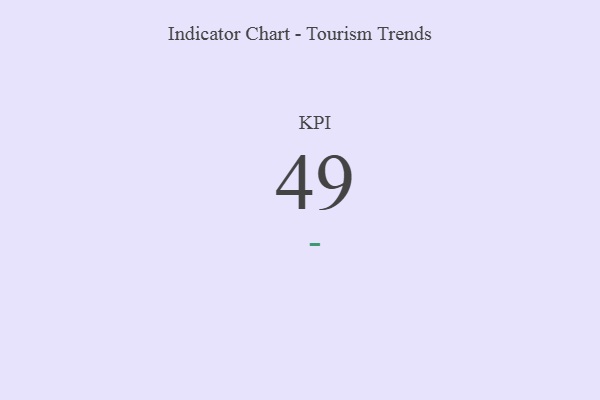
{"axis": {"x": "KPI", "y": "Value"}, "legend": [""], "data": [{"x": "KPI", "y": 49, "type": ""}]}